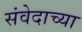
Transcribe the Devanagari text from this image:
संवेदाच्या